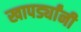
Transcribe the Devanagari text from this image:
खापर्ड्यांनी